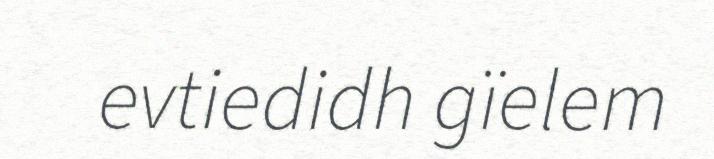
evtiedidh gïelem